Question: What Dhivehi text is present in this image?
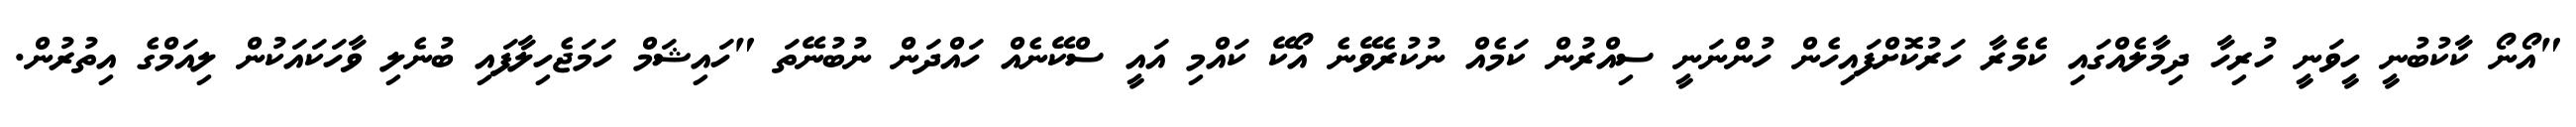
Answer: "އޯނޯ ކާކުބުނީ ހީވަނީ ހުރިހާ ދިމާލެއްގައި ކެމެރާ ހަރުކޮށްފައިހެން ހުންނަނީ ސިއްރުން ކަމެއް ނުކުރެވޭނެ އޯކޭ ކައްމި އައީ ސްކޭނެއް ހައްދަން ނުބުނޭތަ "ހައިޝަމް ހަމަޖެހިލާފައި ބުނެލި ވާހަކައަކުން ލިއަމްގެ އިތުރުން.